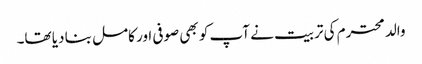
والد محترم کی تربیت نے آپ کو بھی صوفی اور کامل بنا دیا تھا۔